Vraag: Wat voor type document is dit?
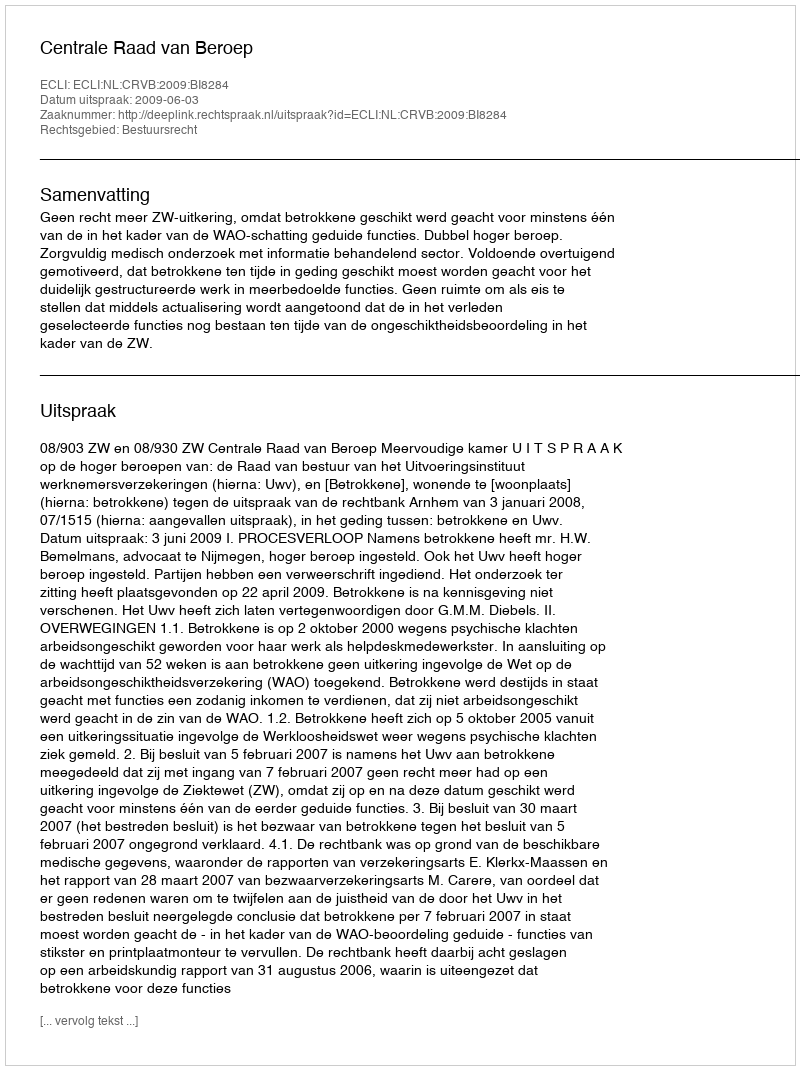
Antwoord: Uitspraak